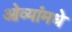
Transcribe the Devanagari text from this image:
ओव्यांमधे